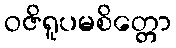
ဝဇိရူပမစိတ္တော